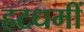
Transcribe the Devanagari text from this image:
हटधमीं